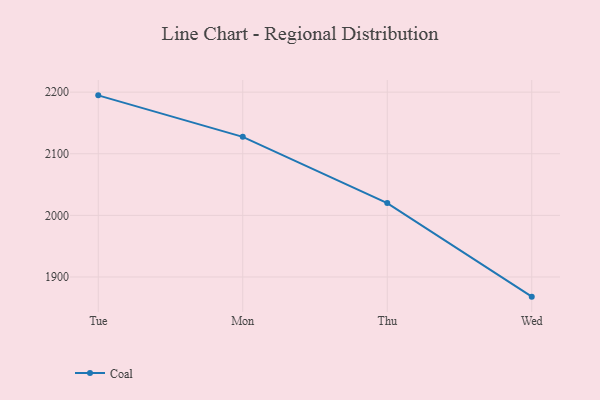
{"axis": {"x": "Day", "y": "Backlog"}, "legend": ["Coal"], "data": [{"x": "Tue", "y": 2194.8, "type": "Coal"}, {"x": "Mon", "y": 2127.5, "type": "Coal"}, {"x": "Thu", "y": 2020.0, "type": "Coal"}, {"x": "Wed", "y": 1868.1, "type": "Coal"}]}